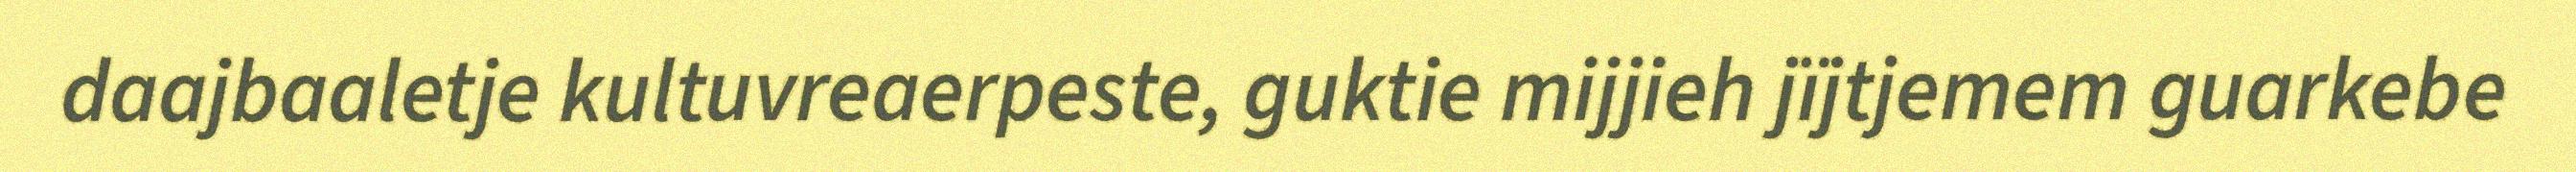
daajbaaletje kultuvreaerpeste, guktie mijjieh jïjtjemem guarkebe